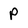
Character: p